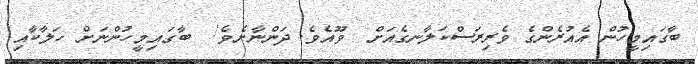
ބާގައިމީހުން އެއުރެންގެ ވެރިރަސްކަލާނގެއަށް  ވޫއެވެ. ދަންނާށެވެ!  ބާގައިމީހުންނަށް ހަލާކާއި